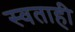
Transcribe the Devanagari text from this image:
स्वताही